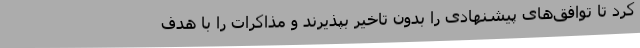
کرد تا توافق‌های پیشنهادی را بدون تاخیر بپذیرند و مذاکرات را با هدف